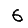
Digit: 6